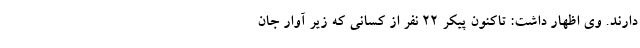
دارند. وی اظهار داشت: تاکنون پیکر ۲۲ نفر از کسانی که زیر آوار جان